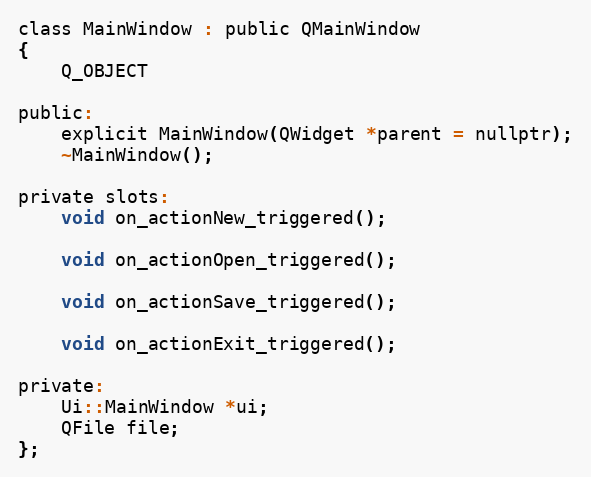
Language: C
class MainWindow : public QMainWindow
{
    Q_OBJECT

public:
    explicit MainWindow(QWidget *parent = nullptr);
    ~MainWindow();

private slots:
    void on_actionNew_triggered();

    void on_actionOpen_triggered();

    void on_actionSave_triggered();

    void on_actionExit_triggered();

private:
    Ui::MainWindow *ui;
    QFile file;
};